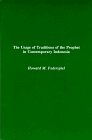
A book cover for The Usage of Traditions of the Prophet in Contemporary Indonesia (Monographs in Southeast Asian studies); Howard M. Federspiel; Religion & Spirituality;